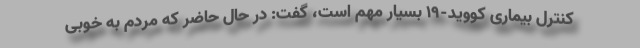
کنترل بیماری کووید-۱۹ بسیار مهم است، گفت: در حال حاضر که مردم به خوبی